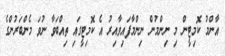
އާންމު ކޮމިޓީން މި ނިންމުން ނިންމާފައިވާއިރު އެ ކޮމިޓީގައި ތިއްބަވާ ނުވަ މެންބަރުންގެ